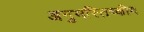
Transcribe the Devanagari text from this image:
अनुमस्तिष्‍कीय